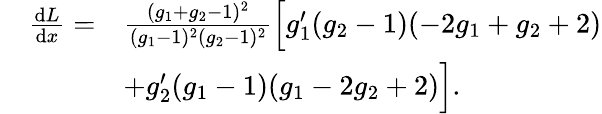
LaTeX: \begin{array}{rl}{\quad\frac{\mathrm{{d}}L}{{\mathrm{d}}x}=}&{\frac{(g_{1}+g_{2}-1)^{2}}{(g_{1}-1)^{2}(g_{2}-1)^{2}}\Big[g_{1}^{\prime}(g_{2}-1)(-2g_{1}+g_{2}+2)}\\ &{+g_{2}^{\prime}(g_{1}-1)(g_{1}-2g_{2}+2)\Big].}\end{array}